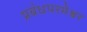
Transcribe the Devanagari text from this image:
प्रबंधपरमेश्वर